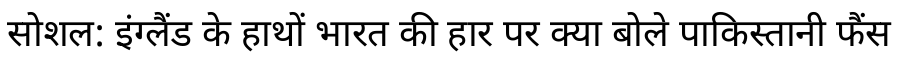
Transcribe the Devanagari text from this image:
सोशल: इंग्लैंड के हाथों भारत की हार पर क्या बोले पाकिस्तानी फैंस